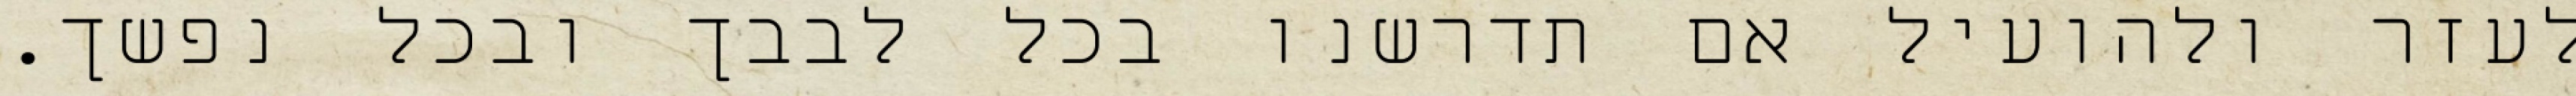
לעזר ולהועיל אם תדרשנו בכל לבבך ובכל נפשך.